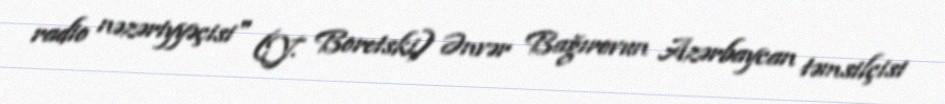
radio nəzəriyyəçisi" (Y. Boretski) Ənvər Bağırovun Azərbaycan təmsilçisi